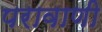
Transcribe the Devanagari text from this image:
परावाणी